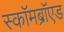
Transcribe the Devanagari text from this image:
स्कॉमब्रॉएड